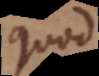
quod